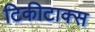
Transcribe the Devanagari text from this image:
टिकीटाक्स